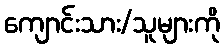
ကျောင်းသား/သူများကို